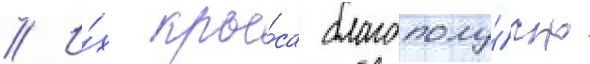
// И́х кры́са благополу́чно